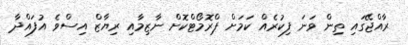
ރާއްޖޭގައި ތިން ވަނަ ފިކުރެއް ކަމަށް ޕްރޮމޯޓްކޮށް ނާޒިމާއި ރިޔާޒް އިސްވެ އުފައްދާ